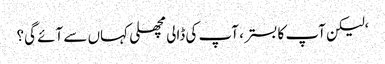
‘لیکن آپ کا بستر ، آپ کی ڈالی مچھلی کہاں سے آئے گی؟